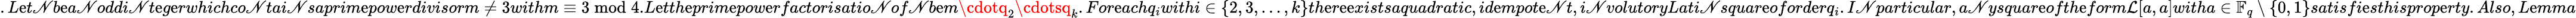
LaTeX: .L\mathrm{e}t\mathscr{N}b\mathrm{e}a\mathscr{N}oddi\mathscr{N}t\mathrm{e}g\mathrm{e}rwhichco\mathscr{N}tai\mathscr{N}saprim\mathrm{e}pow\mathrm{e}rdivisorm\neq3withm\equiv3\bmod4.L\mathrm{e}tth\mathrm{e}prim\mathrm{e}pow\mathrm{e}rfactorisatio\mathscr{N}of\mathscr{N}b\mathrm{e}m\cdotq_{2}\cdotsq_{k}.For\mathrm{e}achq_{i}withi\in\{ 2,3,\ldots,k\} th\mathrm{e}r\mathrm{e}\mathrm{e}xistsaquadratic,id\mathrm{e}mpot\mathrm{e}\mathscr{N}t,i\mathscr{N}volutoryLati\mathscr{N}squar\mathrm{e}oford\mathrm{e}rq_{i}.I\mathscr{N}particular,a\mathscr{N}ysquar\mathrm{e}ofth\mathrm{e}form\mathcal{{L}}[a,a]witha\in\mathbb{{F}}_{q}\setminus\{ 0,1\} satisfi\mathrm{e}sthisprop\mathrm{e}rty.Also,L\mathrm{e}mma